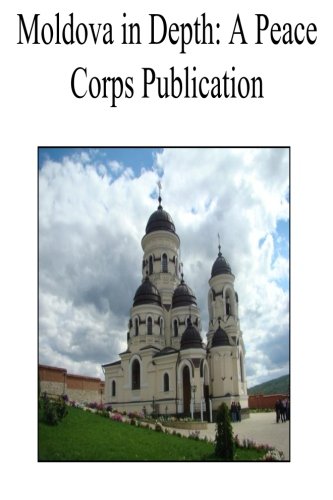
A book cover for Moldova in Depth: A Peace Corps Publication; Peace Corps; Travel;